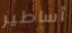
أساطير